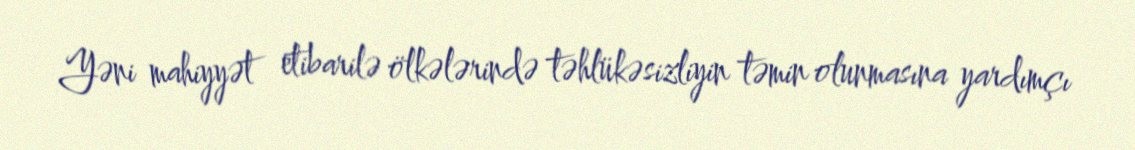
Yəni mahiyyət etibarilə ölkələrində təhlükəsizliyin təmin olunmasına yardımçı